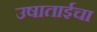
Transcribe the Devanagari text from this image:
उषाताईचा